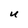
Character: U